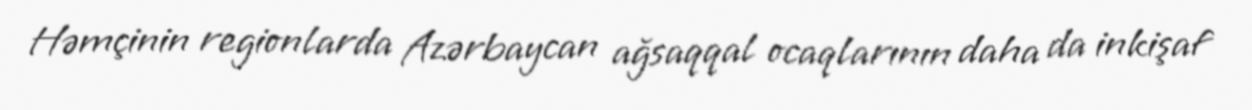
Həmçinin regionlarda Azərbaycan ağsaqqal ocaqlarının daha da inkişaf